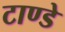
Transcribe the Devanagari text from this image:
टाण्डे